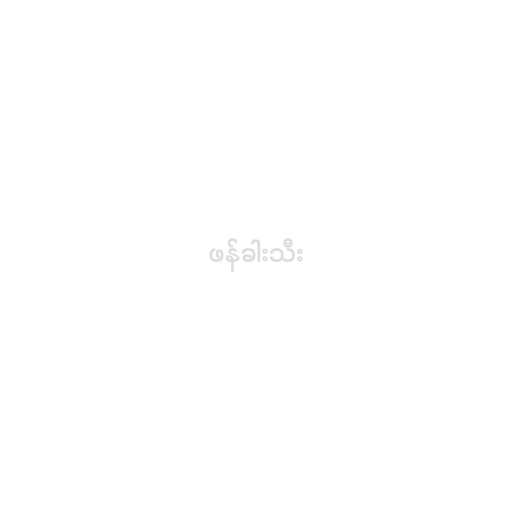
ဖန်ခါးသီး